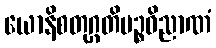
ယောနိစတုဂ္ဂတိပဉ္စဝိညာဏံ